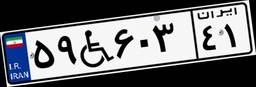
۵۹W۶۰۳۴۱